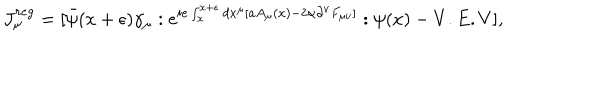
J _ { \mu } ^ { r e g } = [ \bar { \psi } ( x + \epsilon ) \gamma _ { \mu } : e ^ { i e \int _ { x } ^ { x + \epsilon } d x ^ { \mu } [ a A _ { \mu } ( x ) - 2 \alpha \partial ^ { \nu } F _ { \mu \nu } ] } : \psi ( x ) - V . E . V ] ,